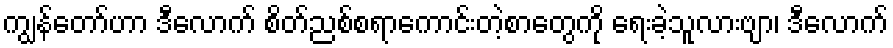
ကျွန်တော်ဟာ ဒီလောက် စိတ်ညစ်စရာကောင်းတဲ့စာတွေကို ရေးခဲ့သူလားဗျာ၊ ဒီလောက်